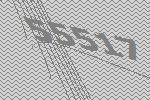
55517